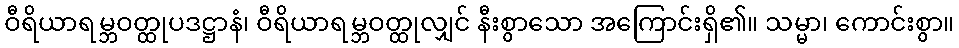
ဝီရိယာရမ္ဘဝတ္ထုပဒဋ္ဌာနံ၊ ဝီရိယာရမ္ဘဝတ္ထုလျှင် နီးစွာသော အကြောင်းရှိ၏။ သမ္မာ၊ ကောင်းစွာ။